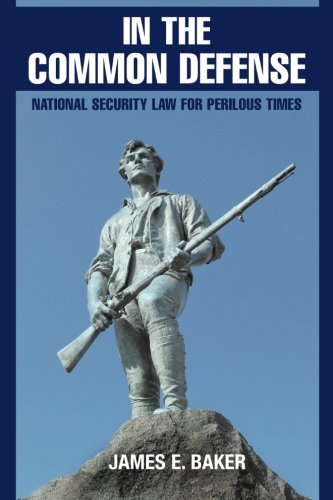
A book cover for In the Common Defense: National Security Law for Perilous Times; James E. Baker; Law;